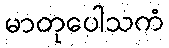
မာတုပေါသကံ